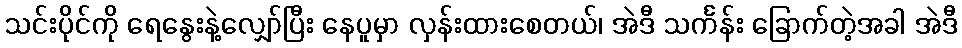
သင်းပိုင်ကို ရေနွေးနဲ့လျှော်ပြီး နေပူမှာ လှန်းထားစေတယ်၊ အဲဒီ သင်္ကန်း ခြောက်တဲ့အခါ အဲဒီ